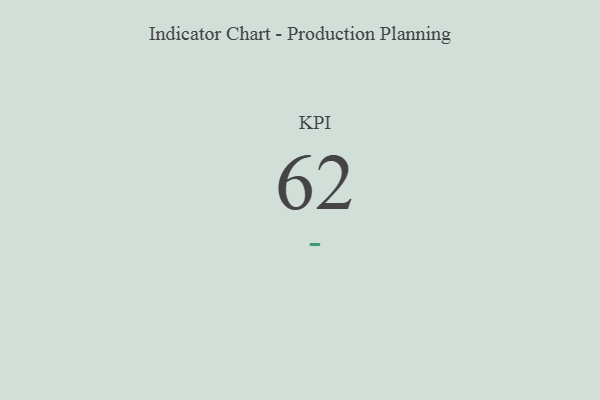
{"axis": {"x": "KPI", "y": "Value"}, "legend": [""], "data": [{"x": "KPI", "y": 62, "type": ""}]}